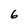
Character: 6